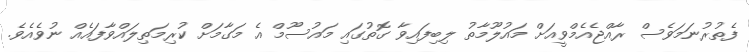
ފެތުރުނަމަވެސް ރާއްޖެއެމްވީއަށް މައުލޫމާތު ލިބިފައިވާ ގޮތުގައި މައުސޫމް އެ މަގާމަށް ކުރިމަތިލައްވާފައެއް ނުވެއެވެ.